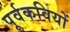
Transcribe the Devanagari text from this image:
पूर्वकवियों